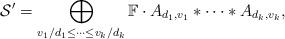
LaTeX: \begin{align*}\mathcal{S}'=\bigoplus_{v_1/d_1 \leq \cdots \leq v_k/d_k}\mathbb{F} \cdot A_{d_1, v_1} \ast \cdots \ast A_{d_k, v_k},\end{align*}